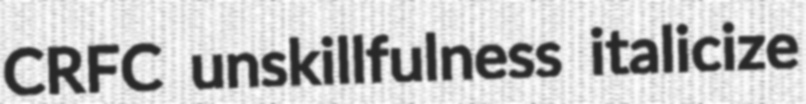
CRFC unskillfulness italicize